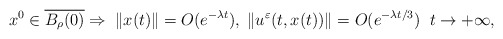
\begin{align*}x^0\in \overline{B_\rho(0)} \Rightarrow\; \|x(t)\|=O(e^{-\lambda t}),\; \|u^\varepsilon(t,x(t))\|=O(e^{-\lambda t/3}) \;\; t\to +\infty,\end{align*}